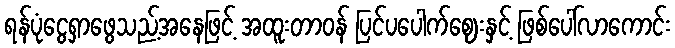
ရန်ပုံငွေရှာဖွေသည့်အနေဖြင့် အထူးတာဝန် ပြင်ပပေါက်ဈေးနှင့် ဖြစ်ပေါ်လာကောင်း